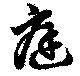
庭